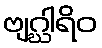
ဗျဂ္ဃါရိဝ